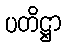
ပတိဋ္ဌာ